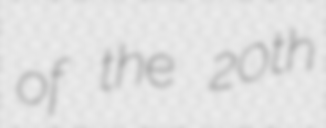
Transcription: of the 20th